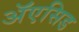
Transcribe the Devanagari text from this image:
ॲएसिड